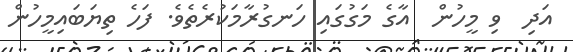
އަދި  ވި މީހުން  އާގެ މަގުގައި ހަނގުރާމަކުރެތެވެ. ފަހެ ތިޔަބައިމީހުން